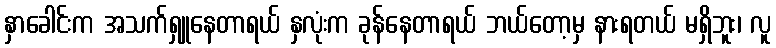
နှာခေါင်းက အသက်ရှူနေတာရယ် နှလုံးက ခုန်နေတာရယ် ဘယ်တော့မှ နားရတယ် မရှိဘူး၊ လူ